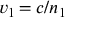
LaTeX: v _ { 1 \! } = c / n _ { 1 }